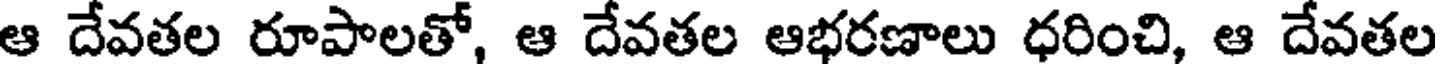
ఆ దేవతల రూపాలతో, ఆ దేవతల ఆభరణాలు ధరించి, ఆ దేవతల